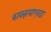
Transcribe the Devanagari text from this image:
कावळ्याएवढा